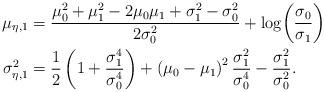
LaTeX: \begin{align*}\mu_{\eta,1} &= \frac{\mu_0^2+\mu_1^2-2\mu_0\mu_1+\sigma_1^2-\sigma_0^2}{2\sigma_0^2}+ \log\!\left(\frac{\sigma_0}{\sigma_1}\right)\\\sigma_{\eta,1}^2 &=\frac{1}{2} \left(1+ \frac{\sigma_1^4}{\sigma_0^4}\right) + \left(\mu_0-\mu_1\right)^2\frac{\sigma_1^2}{\sigma_0^4}-\frac{\sigma_1^2}{\sigma_0^2}.\end{align*}